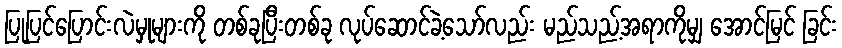
ပြုပြင်ပြောင်းလဲမှုများကို တစ်ခုပြီးတစ်ခု လုပ်ဆောင်ခဲ့သော်လည်း မည်သည့်အရာကိုမျှ အောင်မြင် ခြင်း